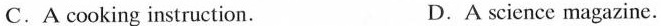
C.A cooking instruction. D.A science magazine.